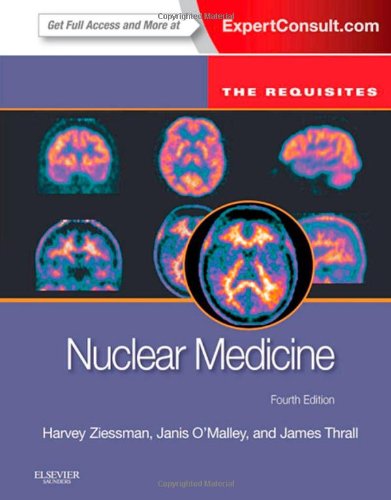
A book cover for Nuclear Medicine: The Requisites, 4e (Requisites in Radiology); Harvey A. Ziessman MD; Medical Books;